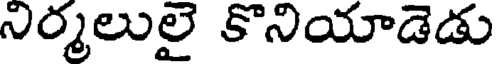
నిర్మలులై కొనియాడెడు